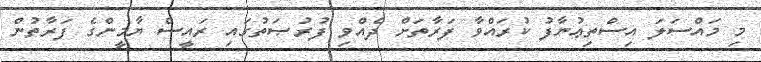
މި މައްސަލަ އިސްތިޢުނާފު ކުރައްވާ ފަރާތަށް ދެއްވި ފުރުޞަތުގައި ރައީސް ޔާމީންގެ ފަރާތުން